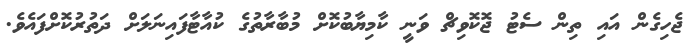
ޖެހިގެން އައި ތިން ސެޓު ޖޮކޮވިޗް ވަނީ ކާމިޔާބުކޮށް މުބާރާތުގެ ކުއާޓާފައިނަލަށް ދަތުރުކޮށްފައެވެ.